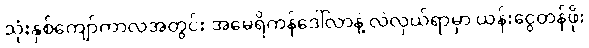
သုံးနှစ်ကျော်ကာလအတွင်း အမေရိကန်ဒေါ်လာနဲ့ လဲလှယ်ရာမှာ ယန်းငွေတန်ဖိုး